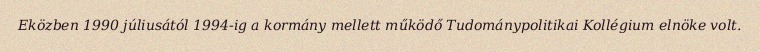
Eközben 1990 júliusától 1994-ig a kormány mellett működő Tudománypolitikai Kollégium elnöke volt.